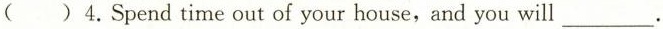
( )4.Spend time out of your house,and you will ___.